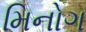
મિનોગ